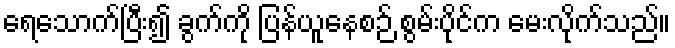
ရေသောက်ပြီး၍ ခွက်ကို ပြန်ယူနေစဉ် စွမ်းပိုင်က မေးလိုက်သည်။